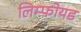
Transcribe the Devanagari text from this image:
लिम्फोयड